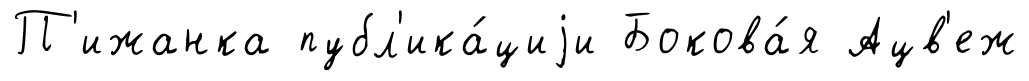
П'ижанка публ'ика́циjи Бокова́я Ацв'еж